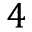
4